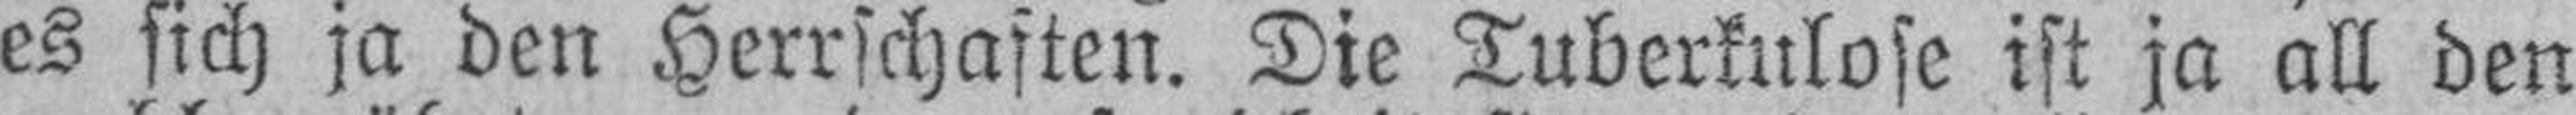
es sich ja den Herrschaften. Die Tuberkulose ist ja all den